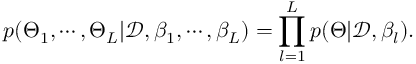
p ( \Theta _ { 1 } , \cdots , \Theta _ { L } | \mathcal { D } , \beta _ { 1 } , \cdots , \beta _ { L } ) = \prod _ { l = 1 } ^ { L } p ( \Theta | \mathcal { D } , \beta _ { l } ) .